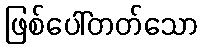
ဖြစ်ပေါ်တတ်သော